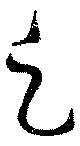
云